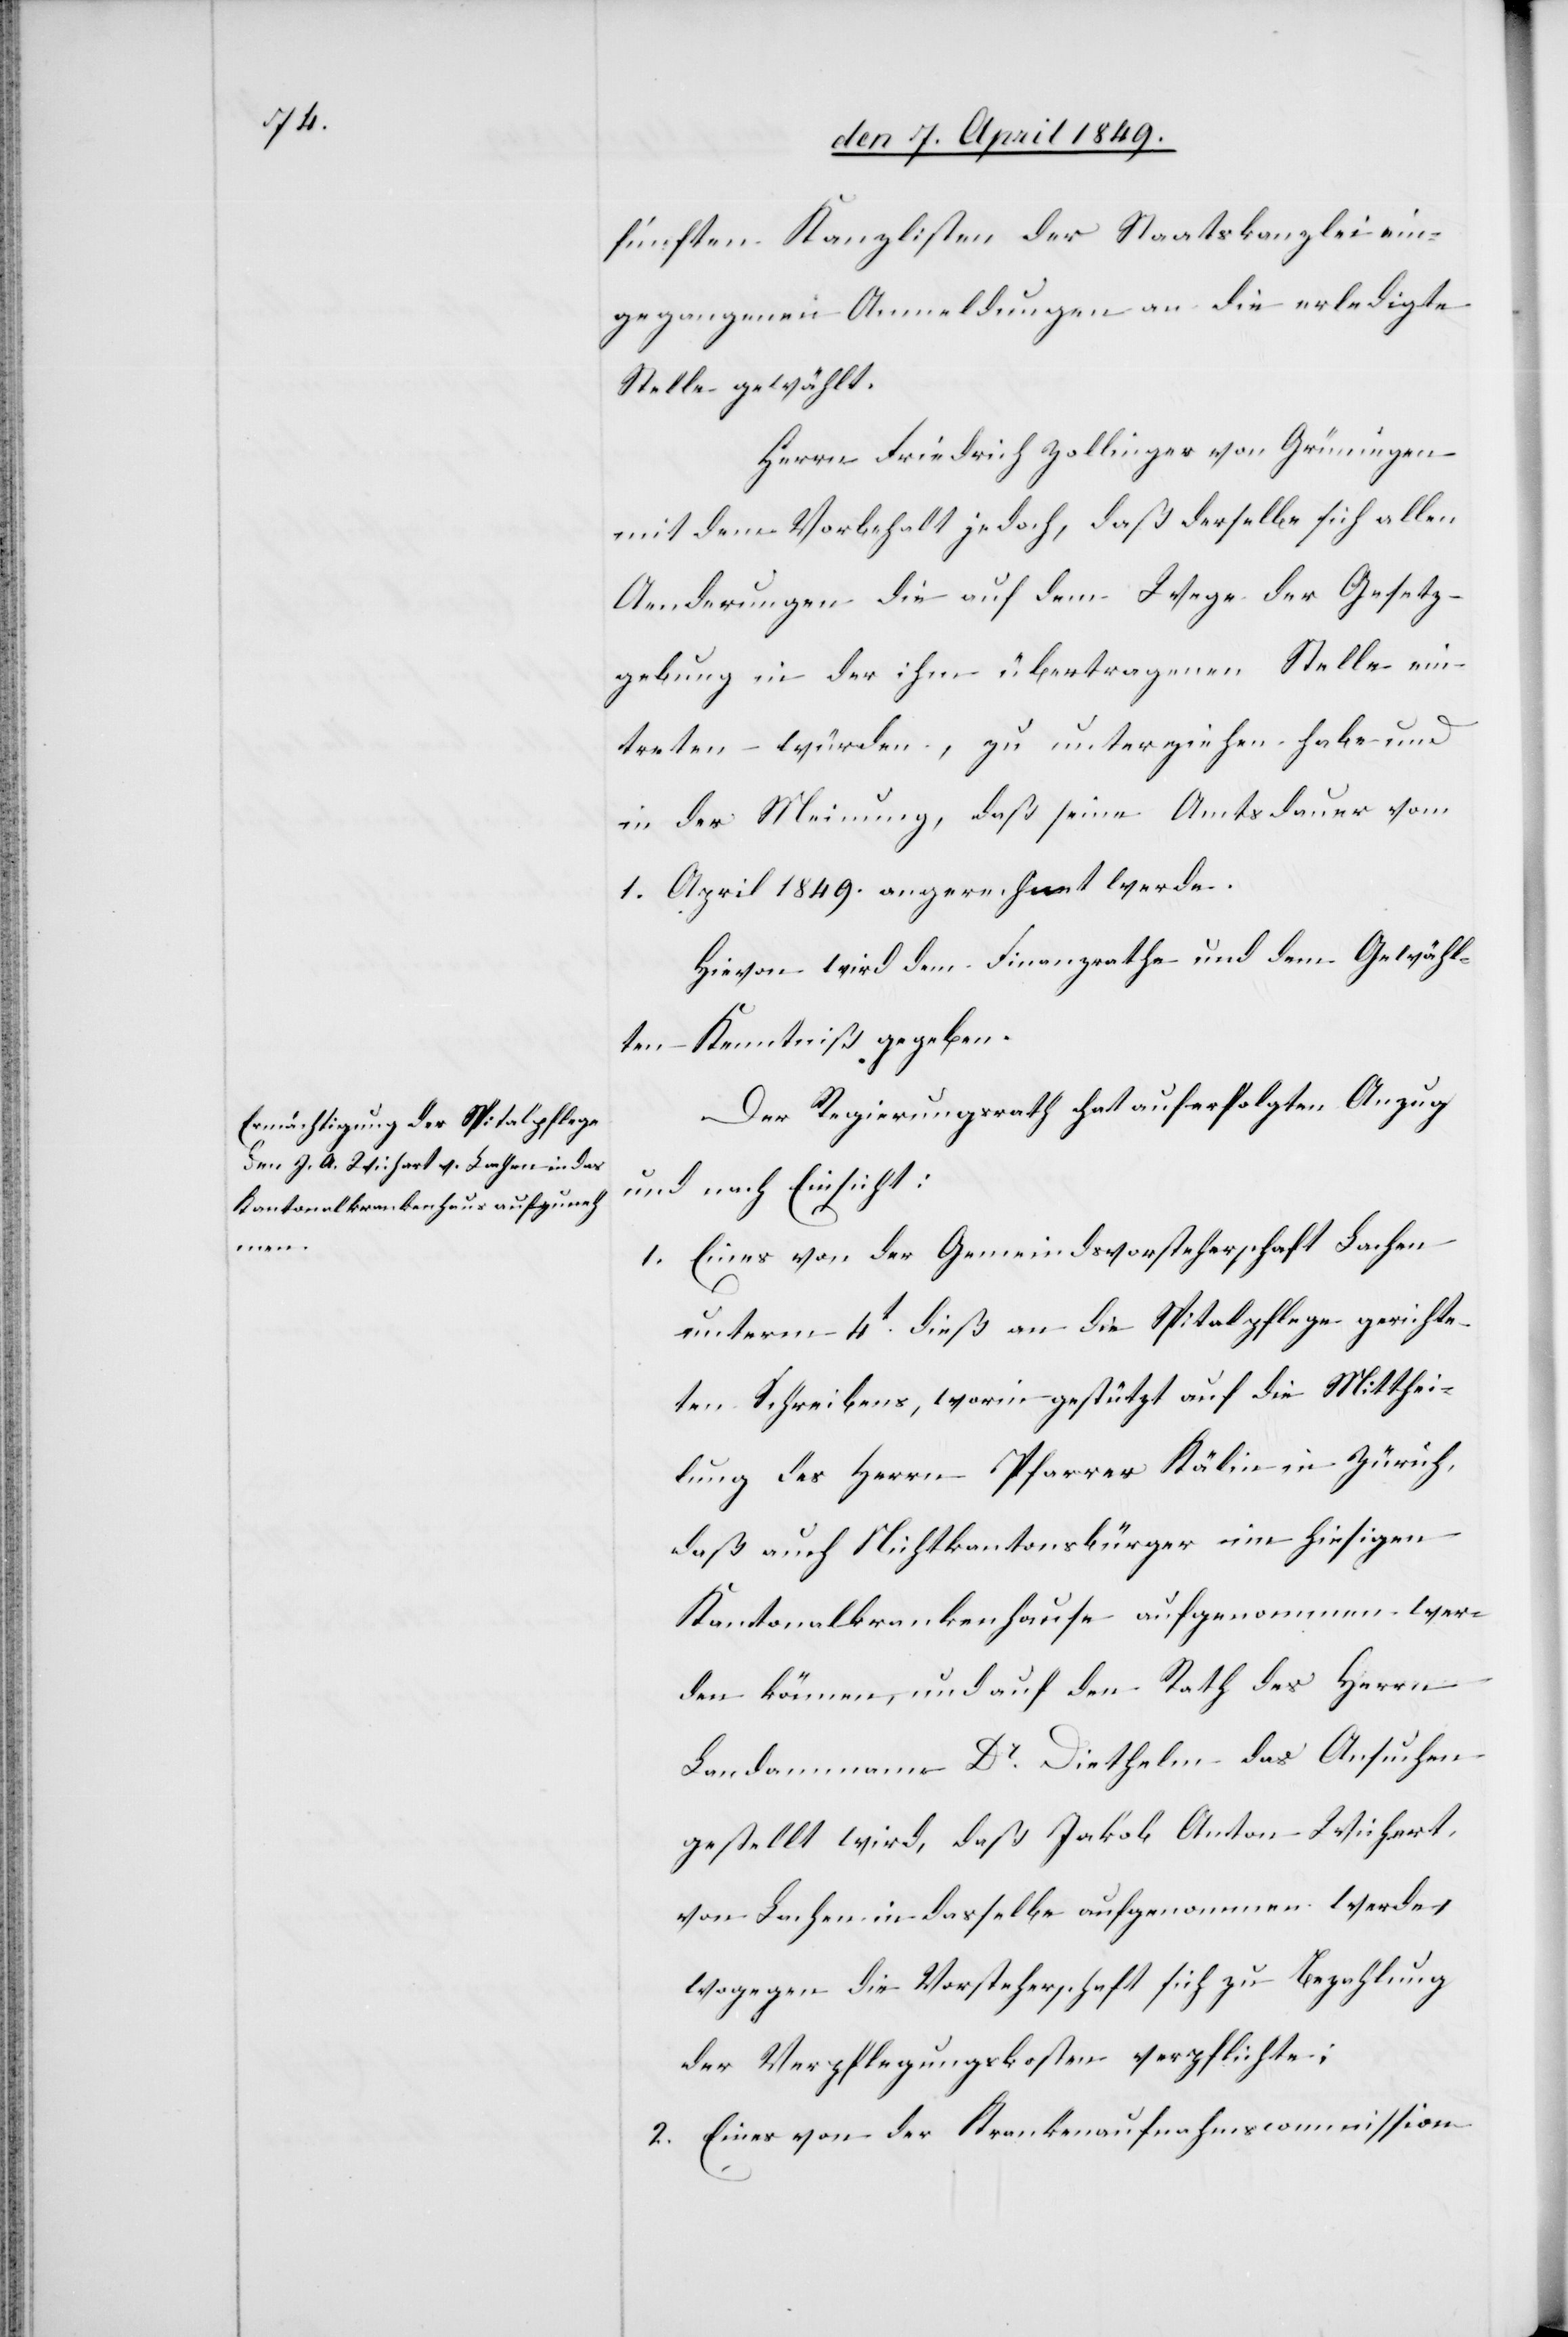
fünften Kanzlisten der Staatskanzlei ein¬
gegangenen Anmeldungen an die erledigte
Stelle gewählt.
Herrn Friedrich Zollinger von Grüningen
mit dem Vorbehalt jedoch, daß derselbe sich allen
Aenderungen die auf dem Wege der Gesetz¬
gebung in der ihm übertragenen Stelle ein¬
treten würden, zu unterziehen habe und
in der Meinung, daß seine Amtsdauer vom
1. April 1849. angerechnet werde.
Hievon wird dem Finanzrathe und dem Gewähl¬
ten Kenntniß gegeben.
Der Regierungsrath hat auf erfolgten Anzug
und nach Einsicht:
1. Eines von der Gemeindsvorsteherschaft Lachen
unterm 4t dieß an die Spitalpflege gerichte¬
ten Schreibens, worin gestützt auf die Mitthei¬
lung des Herrn Pfarrer Kälin in Zürich,
daß auch Nichtkantonsbürger im hiesigen
Kantonalkrankenhause aufgenommen wer¬
den können, und auf den Rath des Herrn
Landammann Dr. Diethelm das Ansuchen
gestellt wird, daß Jakob Anton Wichert,
von Lachen in dasselbe aufgenommen werde,
wogegen die Vorsteherschaft sich zu Bezahlung
der Verpflegungskosten verpflichte:
2. Eines von der Krankenaufnahmscommission